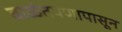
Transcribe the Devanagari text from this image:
बाळंतपणापासून